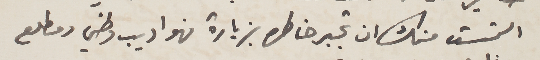
التمست منك ان تجبر خاطره بزيارة فهو اديب وطني ومطلع